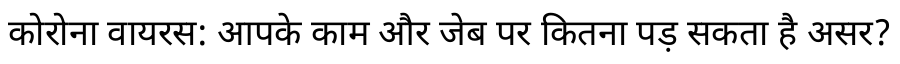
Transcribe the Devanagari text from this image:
कोरोना वायरस: आपके काम और जेब पर कितना पड़ सकता है असर?